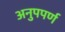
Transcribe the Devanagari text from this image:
अनुपपर्ण